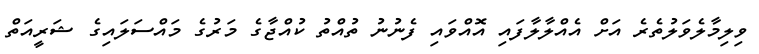
ވިލިމާލެވަލުތެރެ އަށް އެއްލާލާފައި އޮއްވައި ފެނުނު ތުއްތު ކުއްޖާގެ މަރުގެ މައްސަލައިގެ ޝަރީއަތް